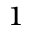
{ } ^ { 1 }